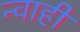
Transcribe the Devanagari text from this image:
न्वाही